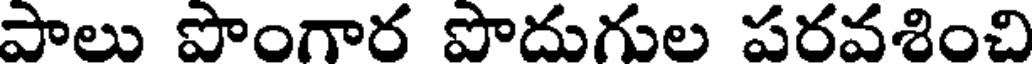
పాలు పొంగార పొదుగుల పరవశించి